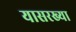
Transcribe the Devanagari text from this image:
यासरख्या